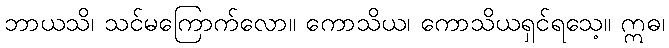
ဘာယသိ၊ သင်မကြောက်လော။ ကောသိယ၊ ကောသိယရှင်ရသေ့။ ဣဓ၊